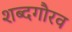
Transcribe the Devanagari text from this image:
शब्दगौरव